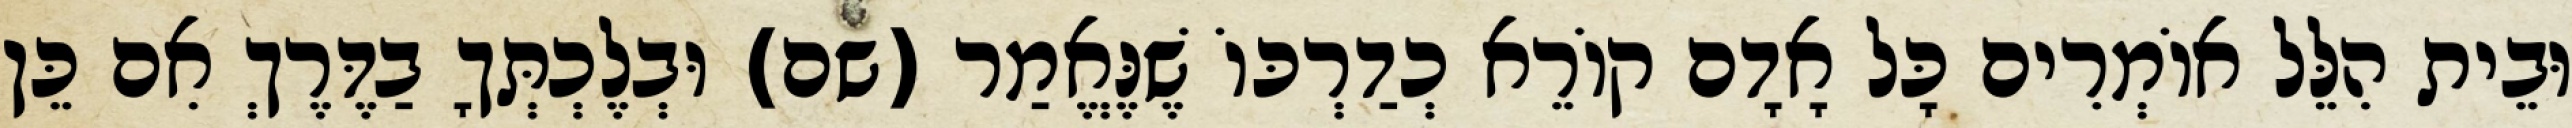
וּבֵית הִלֵּל אוֹמְרִים כָּל אָדָם קוֹרֵא כְדַרְכּוֹ שֶׁנֶּאֱמַר (שם) וּבְלֶכְתְּךָ בַדֶּרֶךְ אִם כֵּן